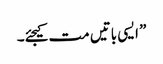
” ایسی باتیں مت کیجئے۔